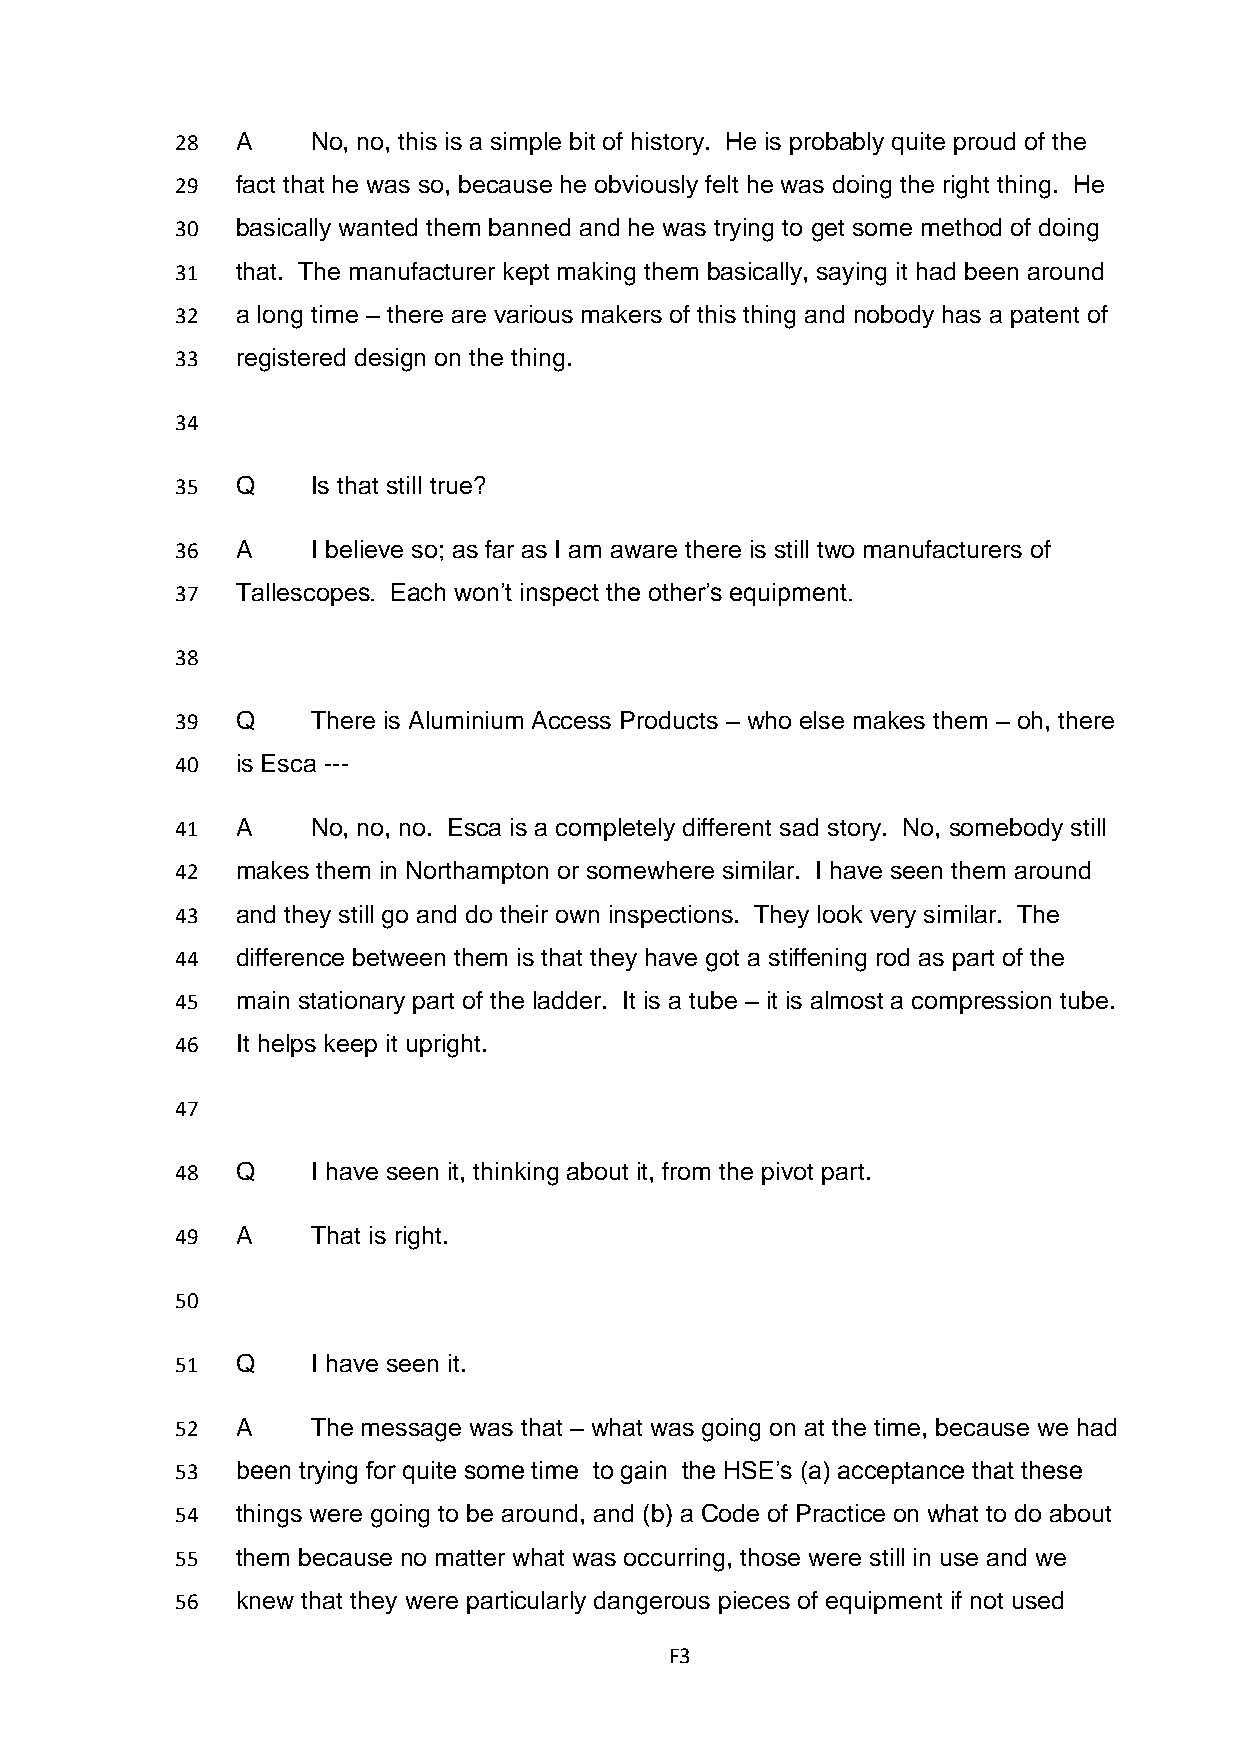
28  A    No, no, this is a simple bit of history. He is probably quite proud of the
 29  fact that he was so, because he obviously felt he was doing the right thing. He
 30  basically wanted them banned and he was trying to get some method of doing
 31  that. The manufacturer kept making them basically, saying it had been around
 32  a long time – there are various makers of this thing and nobody has a patent of
 33  registered design on the thing.
 34
 35  Q    Is that still true?
 36  A    I believe so; as far as I am aware there is still two manufacturers of
 37  Tallescopes. Each won’t inspect the other’s equipment.
 38
 39  Q    There is Aluminium Access Products – who else makes them – oh, there
 40  is Esca ---
 41  A    No, no, no. Esca is a completely different sad story. No, somebody still
 42  makes them in Northampton or somewhere similar. I have seen them around
 43  and they still go and do their own inspections. They look very similar. The
 44  difference between them is that they have got a stiffening rod as part of the
 45  main stationary part of the ladder. It is a tube – it is almost a compression tube.
 46  It helps keep it upright.
 47
 48  Q    I have seen it, thinking about it, from the pivot part.
 49  A    That is right.
 50
 51  Q    I have seen it.
 52  A    The message was that – what was going on at the time, because we had
 53  been trying for quite some time to gain the HSE’s (a) acceptance that these
 54  things were going to be around, and (b) a Code of Practice on what to do about
 55  them because no matter what was occurring, those were still in use and we
 56  knew that they were particularly dangerous pieces of equipment if not used
 F3